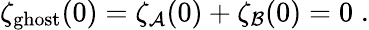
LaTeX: \zeta_{\mathrm{ghost}}(0)=\zeta_{\cal A}(0)+\zeta_{\cal B}(0)=0\; .